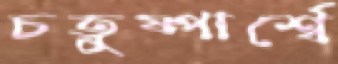
চতুষ্পার্শ্বে